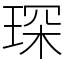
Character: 琛